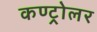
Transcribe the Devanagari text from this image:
कण्ट्रोलर